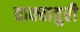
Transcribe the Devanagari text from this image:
वाक्चातुरी